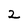
Character: 2